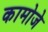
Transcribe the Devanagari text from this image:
कामोजे